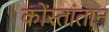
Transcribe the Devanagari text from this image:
कोंस्तांतान